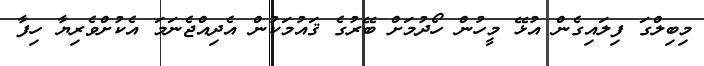
މިބިލްގަ ފިލައިގެން އުޅޭ މީހުން ހޯދުމަށް ބޭރުގެ ޤައުމަކުން އެދިއްޖެނަމަ އެކުށްވެރިޔާ ހިފާ